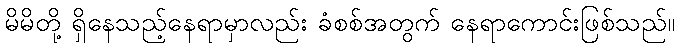
မိမိတို့ ရှိနေသည့်နေရာမှာလည်း ခံစစ်အတွက် နေရာကောင်းဖြစ်သည်။